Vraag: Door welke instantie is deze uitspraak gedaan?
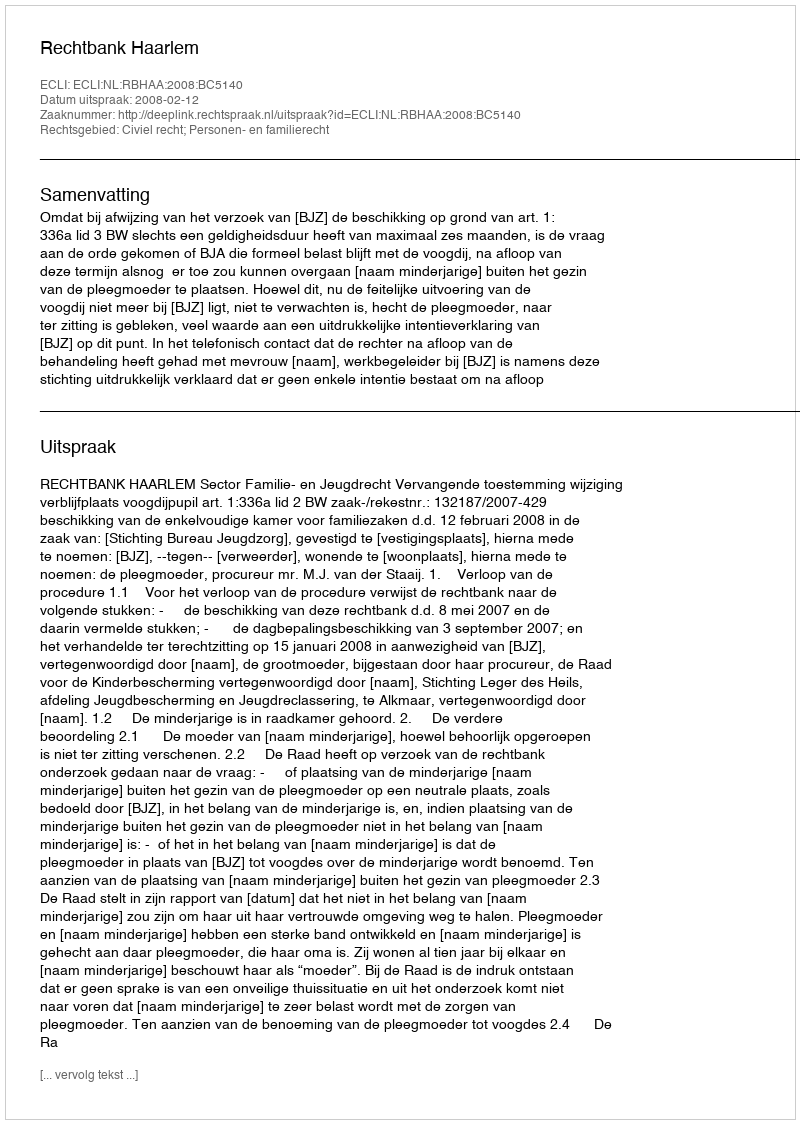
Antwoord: Rechtbank Haarlem